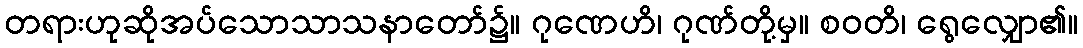
တရားဟုဆိုအပ်သောသာသနာတော်၌။ ဂုဏေဟိ၊ ဂုဏ်တို့မှ။ စဝတိ၊ ရွေလျှော၏။